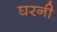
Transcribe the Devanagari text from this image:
घरनी